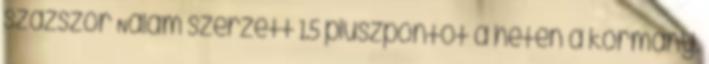
százszor Nálam szerzett 1.5 pluszpontot a héten a kormány.